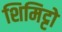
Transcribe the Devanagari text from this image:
शिमिट्टो